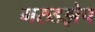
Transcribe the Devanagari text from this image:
गरुडझेप